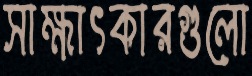
সাক্ষাৎকারগুলো